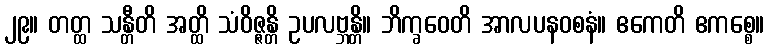
၂၉။ တတ္ထ သန္တီတိ အတ္ထိ သံဝိဇ္ဇန္တိ ဥပလဗ္ဘန္တိ။ ဘိက္ခဝေတိ အာလပနဝစနံ။ ဧကေတိ ဧကစ္စေ။